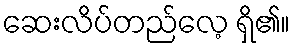
ဆေးလိပ်တည်လေ့ ရှိ၏။